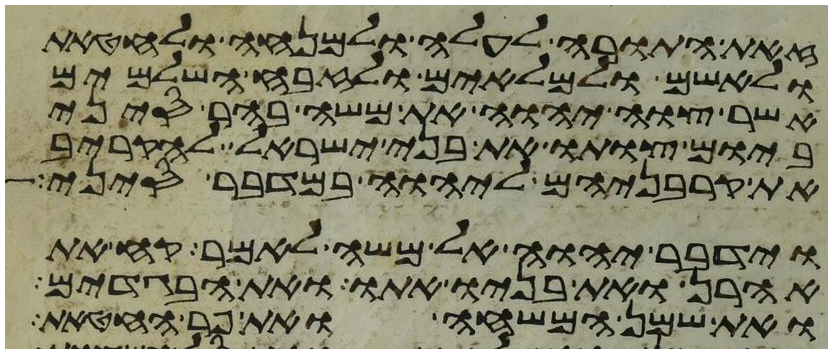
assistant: זאת התורה לעלה ולמנחה ולחטאת
ולאשם ולמלאים ולזבח השלמים
אשר צוה יהוה את משה בהר סיני
ביום צותו את בני ישראל להקריב
את קרבניהם ליהוה במדבר סיני
וידבר יהוה אל משה לאמר קח את
אהרן ואת בניו אתו ואת הבגדים
ואת שמן המשחה ואת פר החטאת